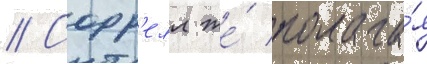
// Сорр'елл же́ полага́я